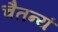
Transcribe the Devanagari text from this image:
चैतन्यं